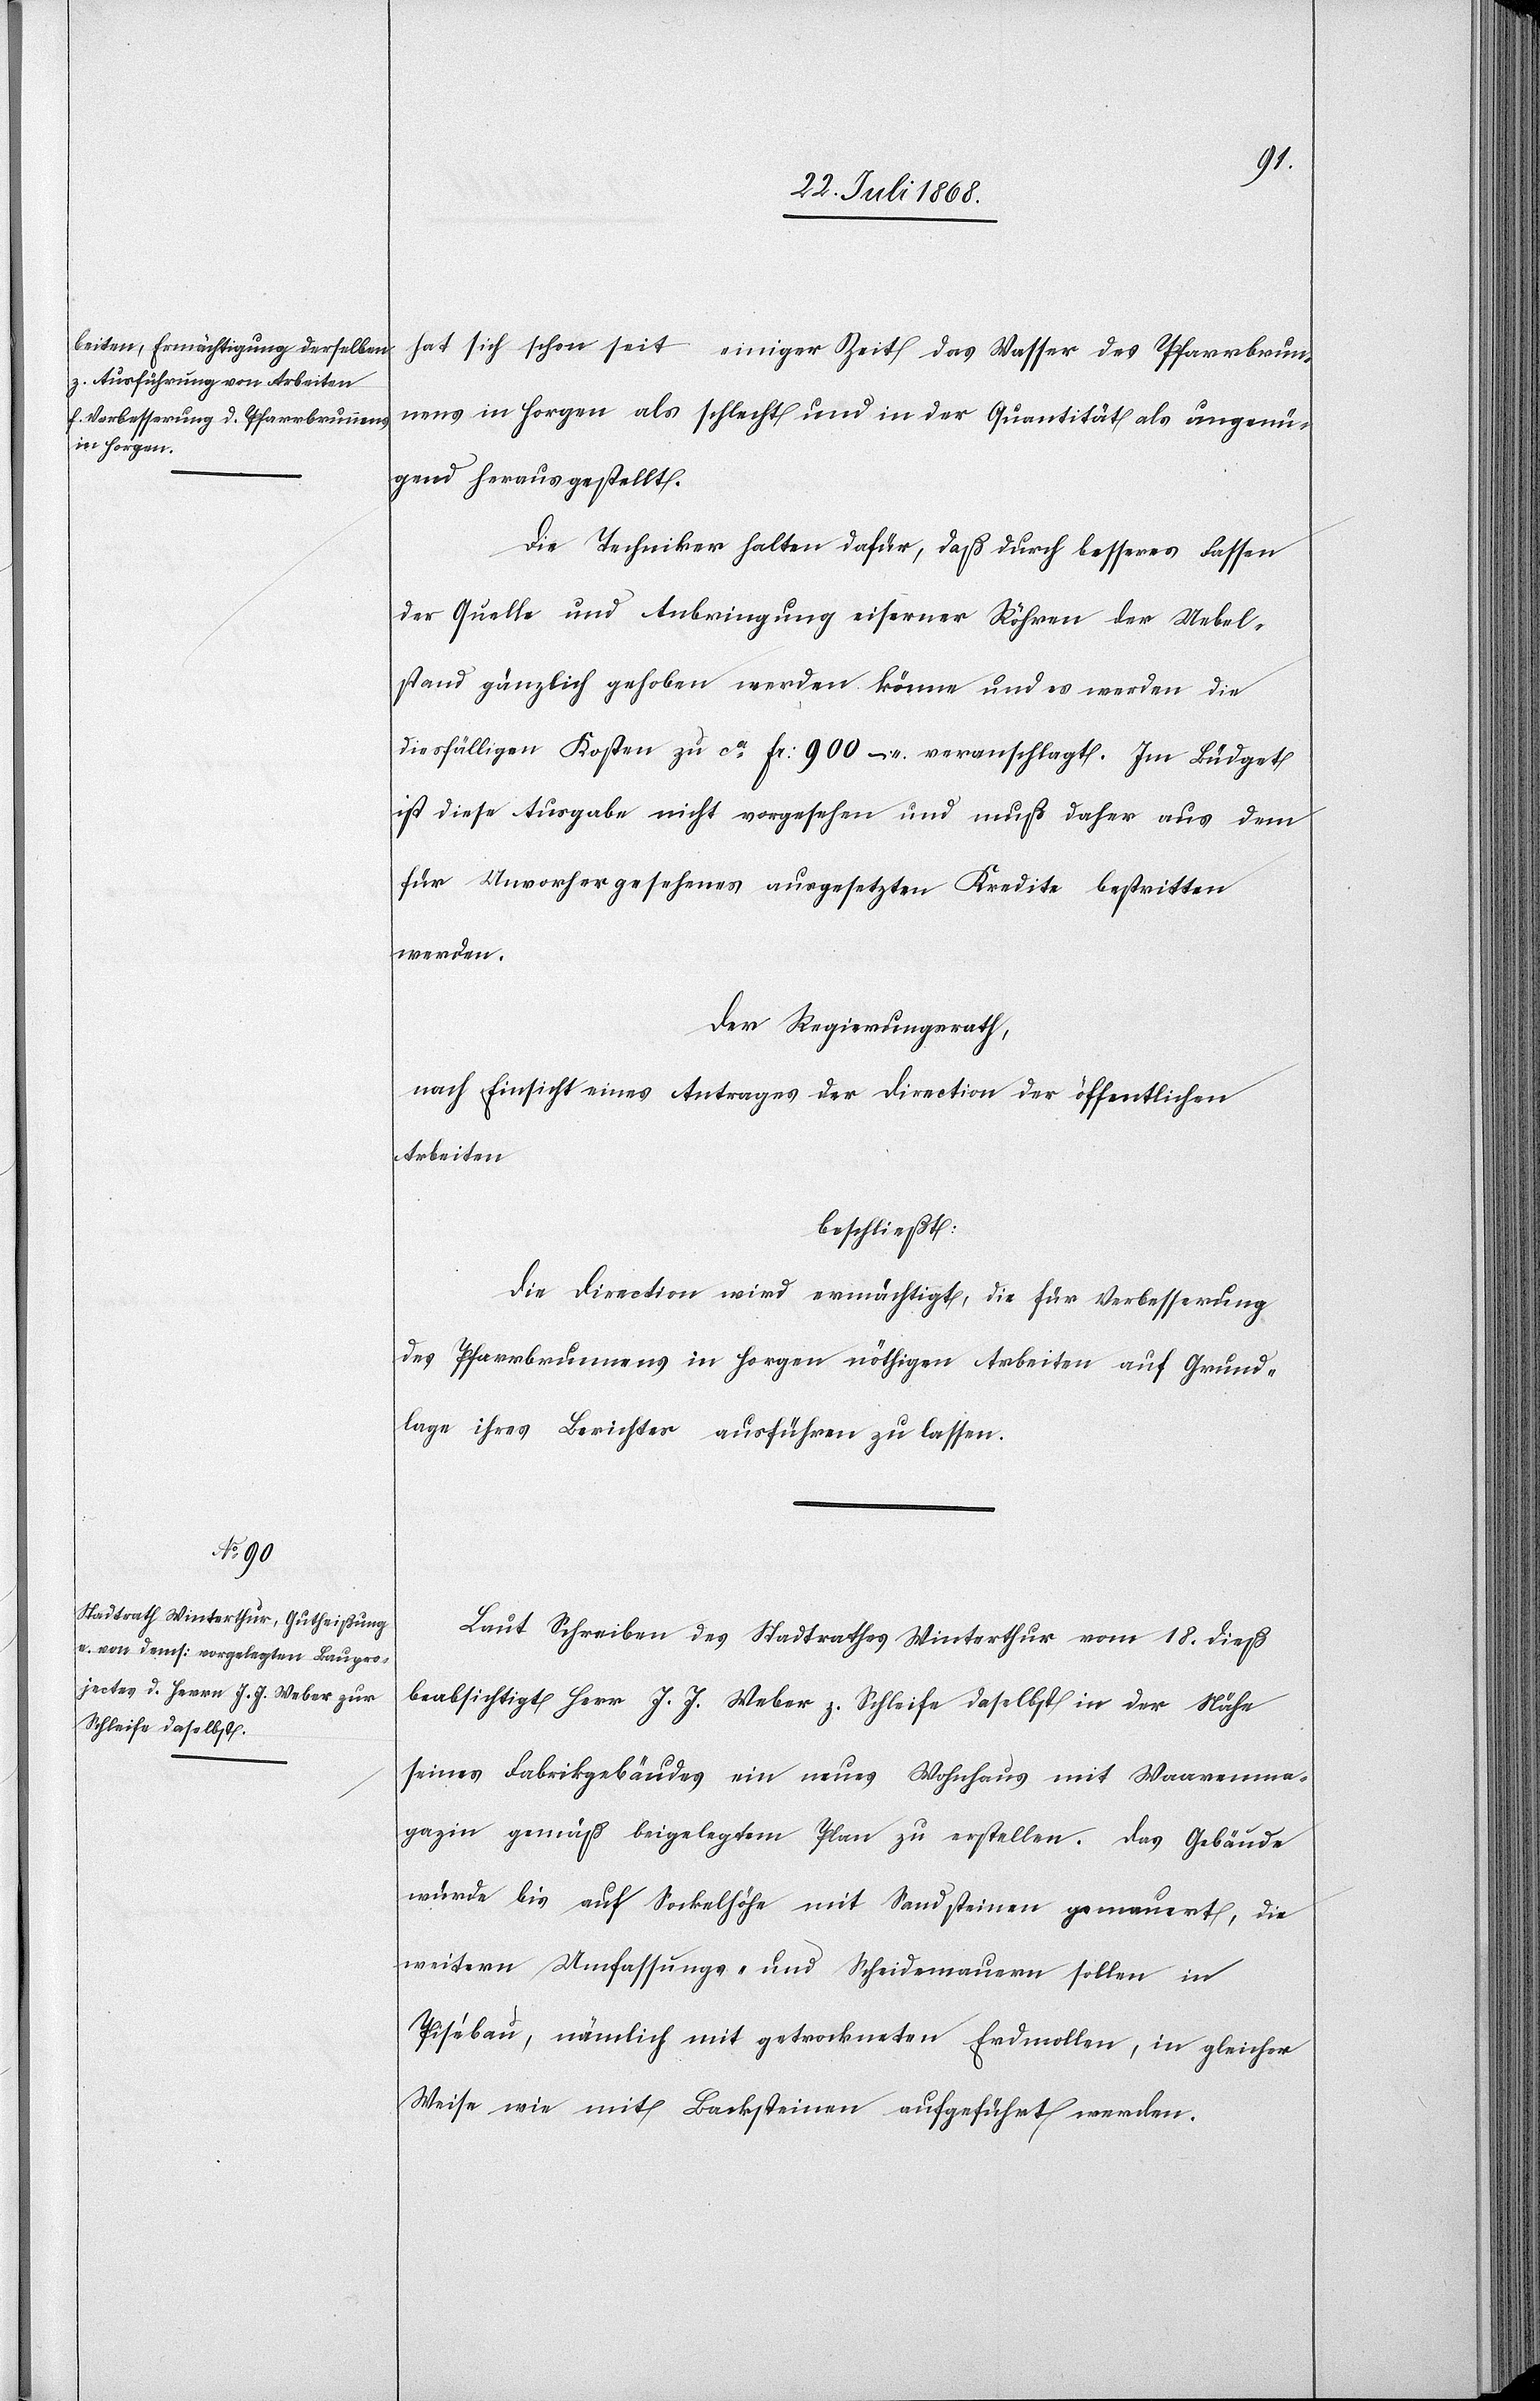
hat sich schon seit einiger Zeit das Wasser des Pfarrbrun¬
nens in Horgen als schlecht und in der Quantität als ungenü¬
gend herausgestellt.
Die Techniker halten dafür, daß durch besseres Fassen
der Quelle und Anbringung eiserner Röhren der Uebel¬
stand gänzlich gehoben werden könne und es werden die
diesfälligen Kosten zu ca Fr: 900 – veranschlagt. Im Büdget
ist diese Ausgabe nicht vorgesehen und muß daher aus dem
für Unvorhergesehenes ausgesetzten Kredite bestritten
werden.
Der Regierungsrath,
nach Einsicht eines Antrages der Direction der öffentlichen
Arbeiten
beschließt:
Die Direction wird ermächtigt, die für Verbesserung
des Pfarrbrunnens in Horgen nöthigen Arbeiten auf Grund¬
lage ihres Berichtes ausführen zu lassen.
Laut Schreiben des Stadtrathes Winterthur vom 18. dieß
beabsichtigt Herr J. J. Weber z. Schleife daselbst in der Nähe
seines Fabrikgebäudes ein neues Wohnhaus mit Waarenma¬
gazin gemäß beigelegtem Plan zu erstellen. Das Gebäude
würde bis auf Sockelhöhe mit Sandsteinen gemauert, die
weitern Umfassungs- und Scheidemauern sollen in
Pisébau, nämlich mit getrockneten Erdmollen, in gleicher
Weise wie mit Backsteinen aufgeführt werden.